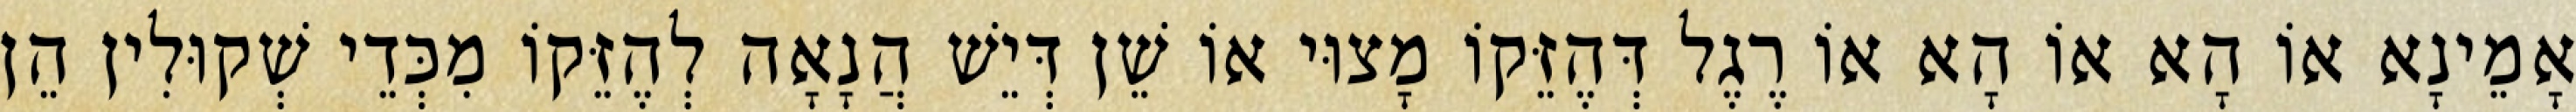
אָמֵינָא אוֹ הָא אוֹ הָא אוֹ רֶגֶל דְּהֶזֵּקוֹ מָצוּי אוֹ שֵׁן דְּיֵשׁ הֲנָאָה לְהֶזֵּקוֹ מִכְּדֵי שְׁקוּלִין הֵן